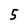
Character: 5